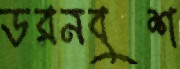
ডরনবুশ